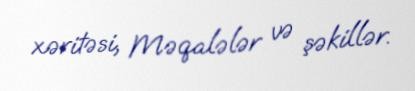
xəritəsi, Məqalələr və şəkillər.